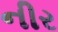
નીર